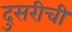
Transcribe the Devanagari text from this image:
दुसरीची